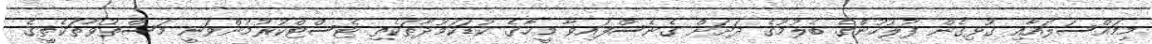
މިމައްސަލައާއި ގުޅިގެން ފުލުހުންގެ ބެލުމުގެ ދަށަށް ގެނެސްފައިވާ މީހާގެ ކުޑަކަމުދާތަކެތި ޓެސްޓްކުރުމުންވަނީ މަސްތުވާތަކެތީގެ